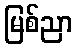
မြစ်ညာ